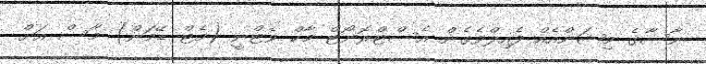
ނާސާގެ މިޝަންއެއް ފެއިލްވެގެން އެސްޓްރޮނޯޓް މާކް ވެޓްނީ (މެޓް ޑޭމަން) މާސް އަށް